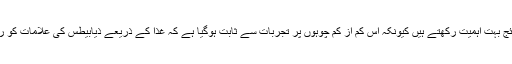
انہوں نے کہا کہ یہ نتائج بہت اہمیت رکھتے ہیں کیونکہ اس کم از کم چوہوں پر تجربات سے ثابت ہوگیا ہے کہ غذا کے ذریعے ذیابیطس کی علامات کو ریورس کیا جاسکتا ہے۔